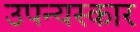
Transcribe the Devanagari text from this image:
उपन्यस्कार